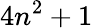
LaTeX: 4n^{2}+1